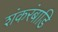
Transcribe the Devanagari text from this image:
शंकरंबाडि